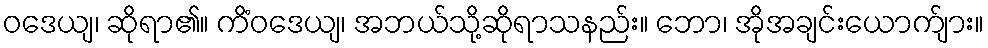
ဝဒေယျ၊ ဆိုရာ၏။ ကိံဝဒေယျ၊ အဘယ်သို့ဆိုရာသနည်း။ ဘော၊ အိုအချင်းယောက်ျား။